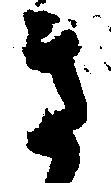
き